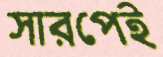
সারপেই